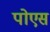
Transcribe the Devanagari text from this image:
पोएस